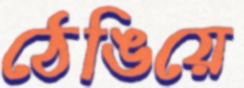
ঠেঙিয়ে